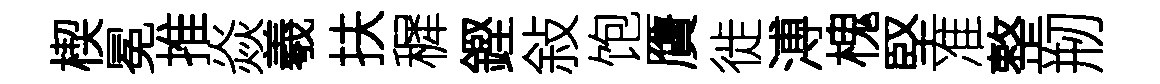
楔冕推焱羲扶穉鏗敍饱贋徙溥槐堅准整剏